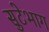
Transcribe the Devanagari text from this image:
सुटेभाग